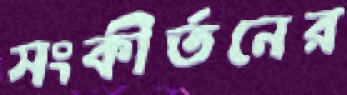
সংকীর্তনের